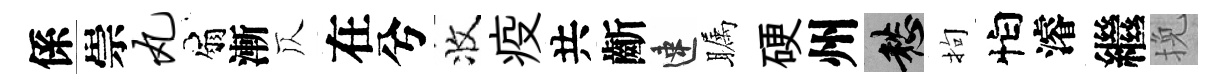
係崇丸扇漸仄在兮收疫共齗速瞩硬州愁拘怕濬繼挽